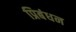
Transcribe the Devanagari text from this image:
प्रिबंधन